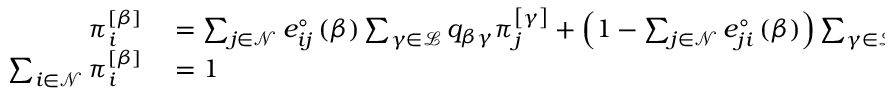
\begin{array} { r l } { \pi _ { i } ^ { \left[ \beta \right] } } & { { } = \sum _ { j \in \mathcal { N } } e _ { i j } ^ { \circ } \left( \beta \right) \sum _ { \gamma \in \mathcal { L } } q _ { \beta \gamma } \pi _ { j } ^ { \left[ \gamma \right] } + \left( 1 - \sum _ { j \in \mathcal { N } } e _ { j i } ^ { \circ } \left( \beta \right) \right) \sum _ { \gamma \in \mathcal { L } } q _ { \beta \gamma } \pi _ { i } ^ { \left[ \gamma \right] } ; } \\ { \sum _ { i \in \mathcal { N } } \pi _ { i } ^ { \left[ \beta \right] } } & { { } = 1 } \end{array}